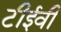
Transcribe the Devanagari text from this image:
टीईवी